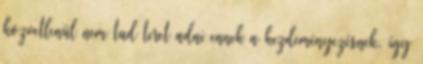
közvetlenül nem tud teret adni ennek a kezdeményezésnek, így